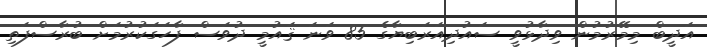
އަދީބް މިމޭރުމުން ވިދާޅުވީ ސައުދިއަރަބިޔާގެ 85 ވަނަ ޤައުމީ ދުވަސް ފާހަގަކުރުމަށް ބުރާސްފަތި